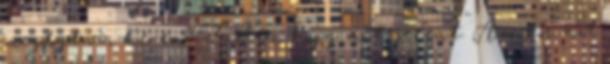
megfogta a kezem. Tudta, hogy mit jelent. Amikor azt